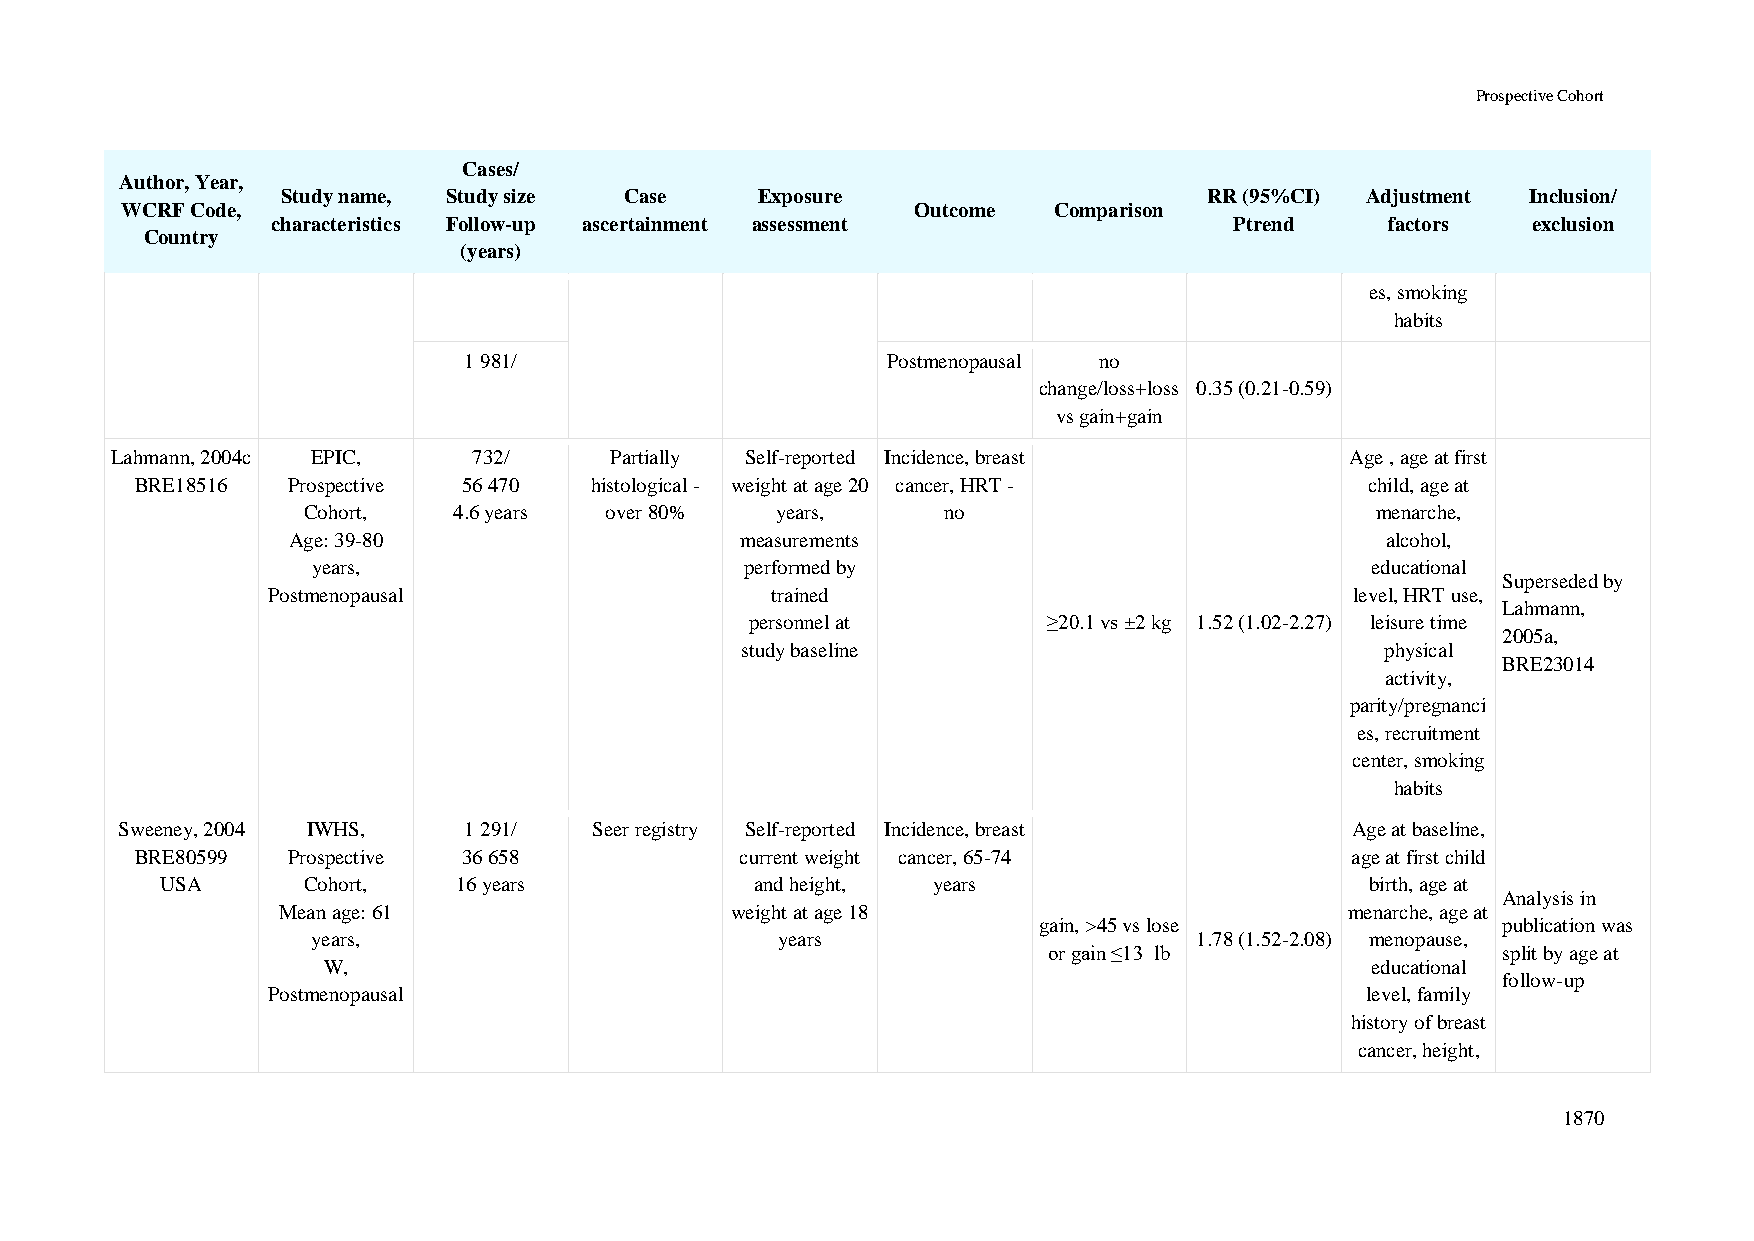
Prospective Cohort
 Cases/
 Author, Year,
 Study name, Study size Case    Exposure                      RR (95%CI) Adjustment Inclusion/
 WCRF Code,                                           Outcome  Comparison
 characteristics Follow-up ascertainment assessment              Ptrend    factors  exclusion
 Country
 (years)
 es, smoking
 habits
 1 981/                      Postmenopausal no
 change/loss+loss 0.35 (0.21-0.59)
 vs gain+gain
 Lahmann, 2004c EPIC,    732/     Partially Self-reported Incidence, breast        Age , age at first
 BRE18516  Prospective 56 470  histological - weight at age 20 cancer, HRT -       child, age at
 Cohort,   4.6 years over 80%   years,     no                           menarche,
 Age: 39-80                    measurements                               alcohol,
 years,                      performed by                              educational
 Superseded by
 Postmenopausal                   trained                                level, HRT use,
 Lahmann,
 personnel at       ≥20.1 vs ±2 kg 1.52 (1.02-2.27) leisure time
 2005a,
 study baseline                             physical
 BRE23014
 activity,
 parity/pregnanci
 es, recruitment
 center, smoking
 habits
 Sweeney, 2004 IWHS,    1 291/  Seer registry Self-reported Incidence, breast     Age at baseline,
 BRE80599  Prospective 36 658            current weight cancer, 65-74            age at first child
 USA      Cohort,   16 years            and height, years                        birth, age at
 Analysis in
 Mean age: 61                  weight at age 18                         menarche, age at
 gain, >45 vs lose             publication was
 years,                         years                      1.78 (1.52-2.08) menopause,
 or gain ≤13 lb                split by age at
 W,                                                                    educational
 follow-up
 Postmenopausal                                                          level, family
 history of breast
 cancer, height,
 1870